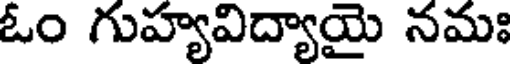
ఓం గుహ్యవిద్యాయై నమః